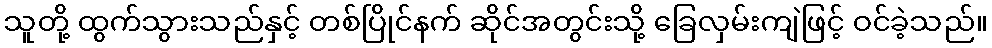
သူတို့ ထွက်သွားသည်နှင့် တစ်ပြိုင်နက် ဆိုင်အတွင်းသို့ ခြေလှမ်းကျဲဖြင့် ဝင်ခဲ့သည်။